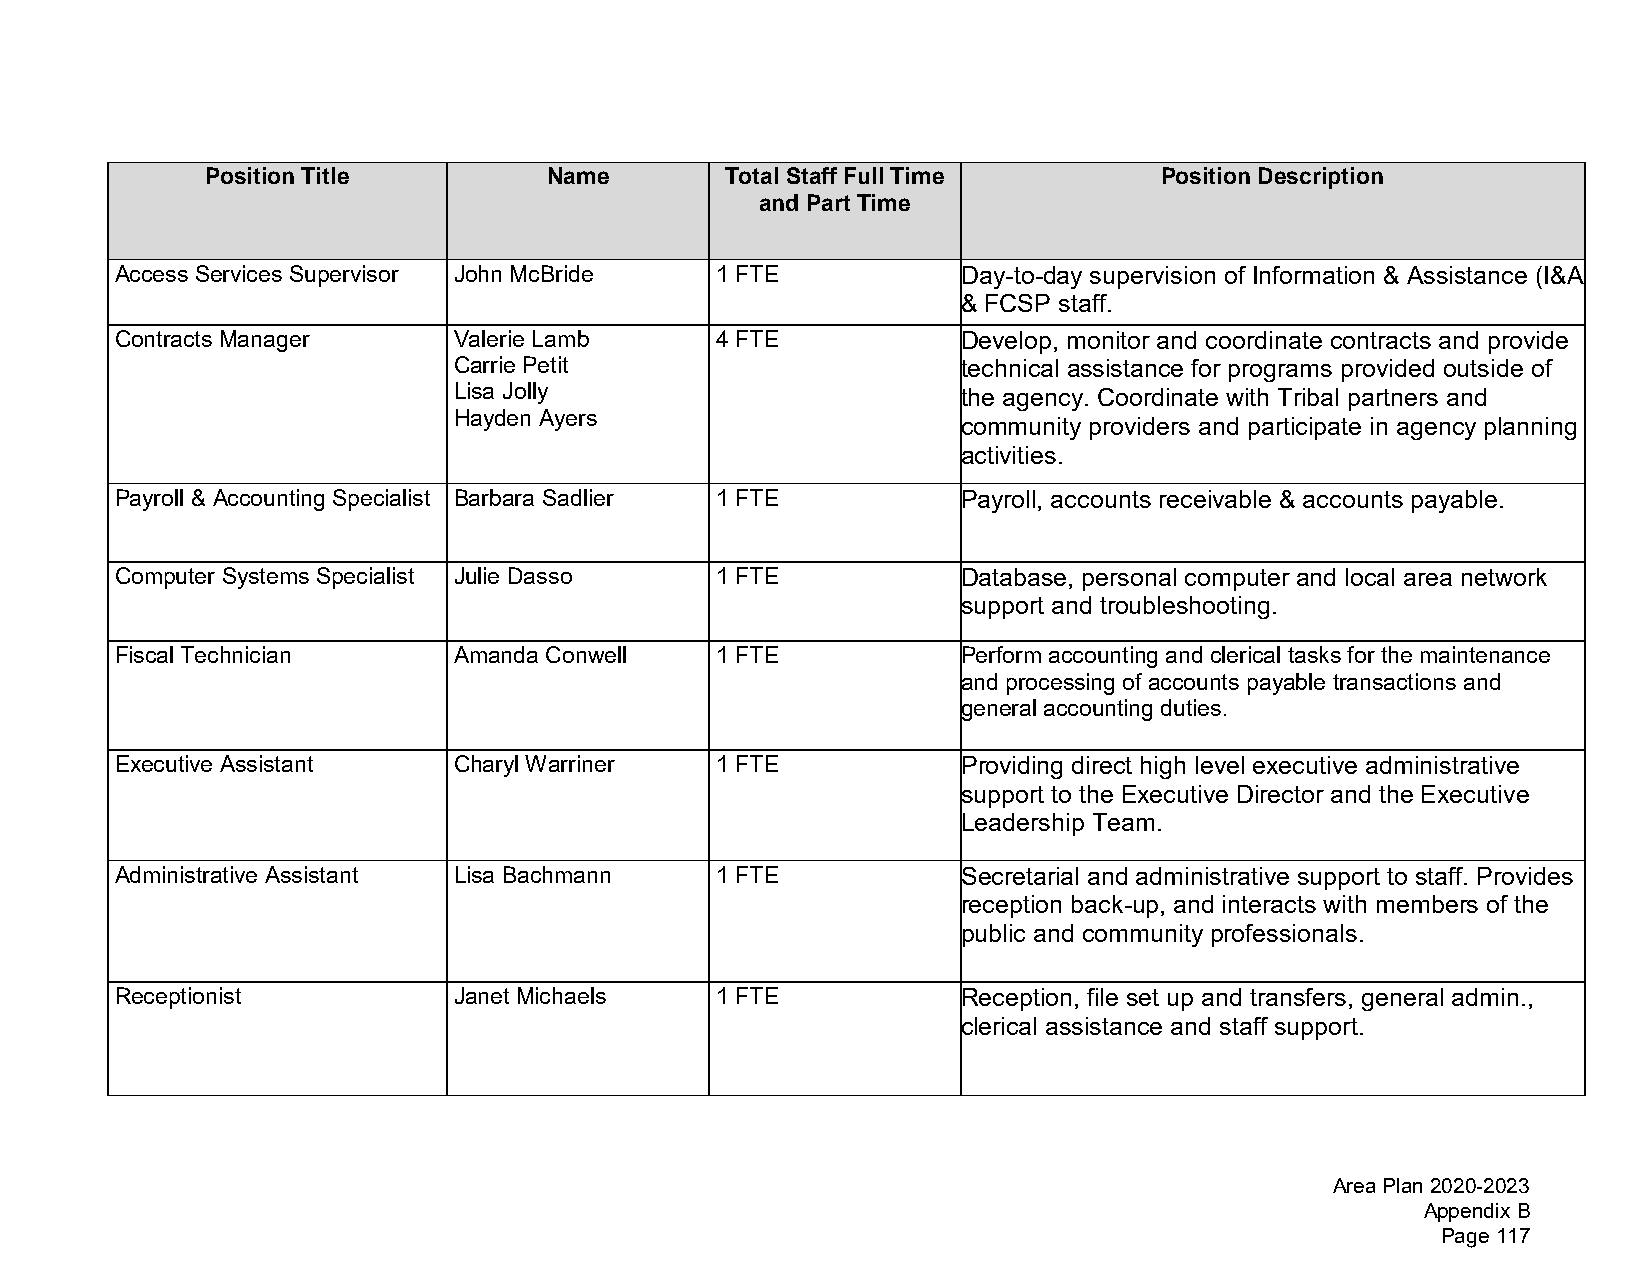
Position Title        Name        Total Staff Full Time        Position Description
 and Part Time
 Access Services Supervisor John McBride 1 FTE           Day-to-day supervision of Information & Assistance (I&A
 & FCSP staff.
 Contracts Manager     Valerie Lamb     4 FTE            Develop, monitor and coordinate contracts and provide
 Carrie Petit                      technical assistance for programs provided outside of
 Lisa Jolly                        the agency. Coordinate with Tribal partners and
 Hayden Ayers
 community providers and participate in agency planning
 activities.
 Payroll & Accounting Specialist Barbara Sadlier 1 FTE   Payroll, accounts receivable & accounts payable.
 Computer Systems Specialist Julie Dasso 1 FTE           Database, personal computer and local area network
 support and troubleshooting.
 Fiscal Technician     Amanda Conwell   1 FTE            Perform accounting and clerical tasks for the maintenance
 and processing of accounts payable transactions and
 general accounting duties.
 Executive Assistant   Charyl Warriner  1 FTE            Providing direct high level executive administrative
 support to the Executive Director and the Executive
 Leadership Team.
 Administrative Assistant Lisa Bachmann 1 FTE            Secretarial and administrative support to staff. Provides
 reception back-up, and interacts with members of the
 public and community professionals.
 Receptionist          Janet Michaels   1 FTE            Reception, file set up and transfers, general admin.,
 clerical assistance and staff support.
 Area Plan 2020-2023
 Appendix B
 Page 117